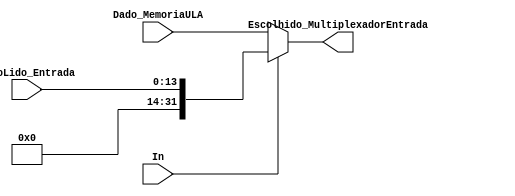
module MultiplexadorEntrada (
	input [13:0] DadoLido_Entrada, 
	input [31:0] Dado_MemoriaULA,
	input In,
	output [31:0] Escolhido_MultiplexadorEntrada
);
	
	reg [31:0] escolhido;
	
	always @(*) begin
	
		if(In == 1) begin
			escolhido = {18'd0, DadoLido_Entrada};
		end
		
		else begin
			escolhido = Dado_MemoriaULA;
		end
		
	end
	
	assign Escolhido_MultiplexadorEntrada = escolhido;
	
endmodule